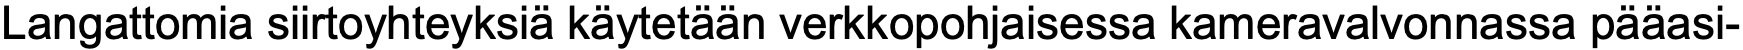
Langattomia siirtoyhteyksiä käytetään verkkopohjaisessa kameravalvonnassa pääasi-